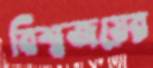
বিশ্বজয়ের